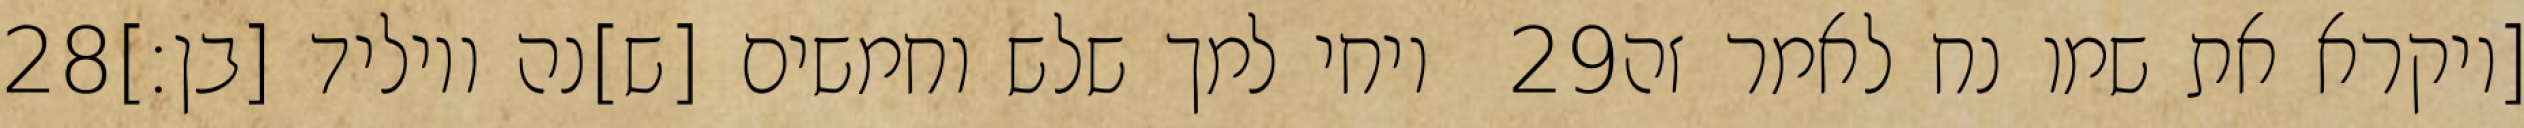
‎28‏ ויחי למך שלש וחמשים [ש]נה ויוליד [בן׃] ‎29‏ [ויקרא את שמו נח לאמר זה